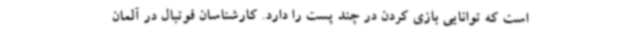
است که توانایی بازی کردن در چند پست را دارد. کارشناسان فوتبال در آلمان